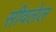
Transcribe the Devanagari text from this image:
सीवलेल